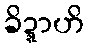
ခိဍ္ဍာဟိ